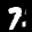
Label: 7